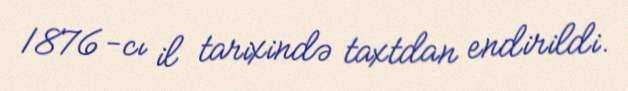
1876-cı il tarixində taxtdan endirildi.